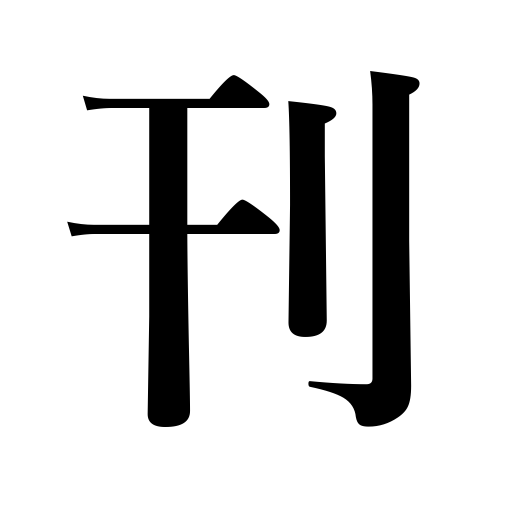
Meanings: publishig,carve,engrave